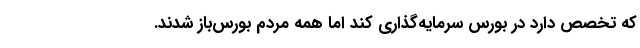
که تخصص دارد در بورس سرمایه‌گذاری کند اما همه مردم بورس‌باز شدند.